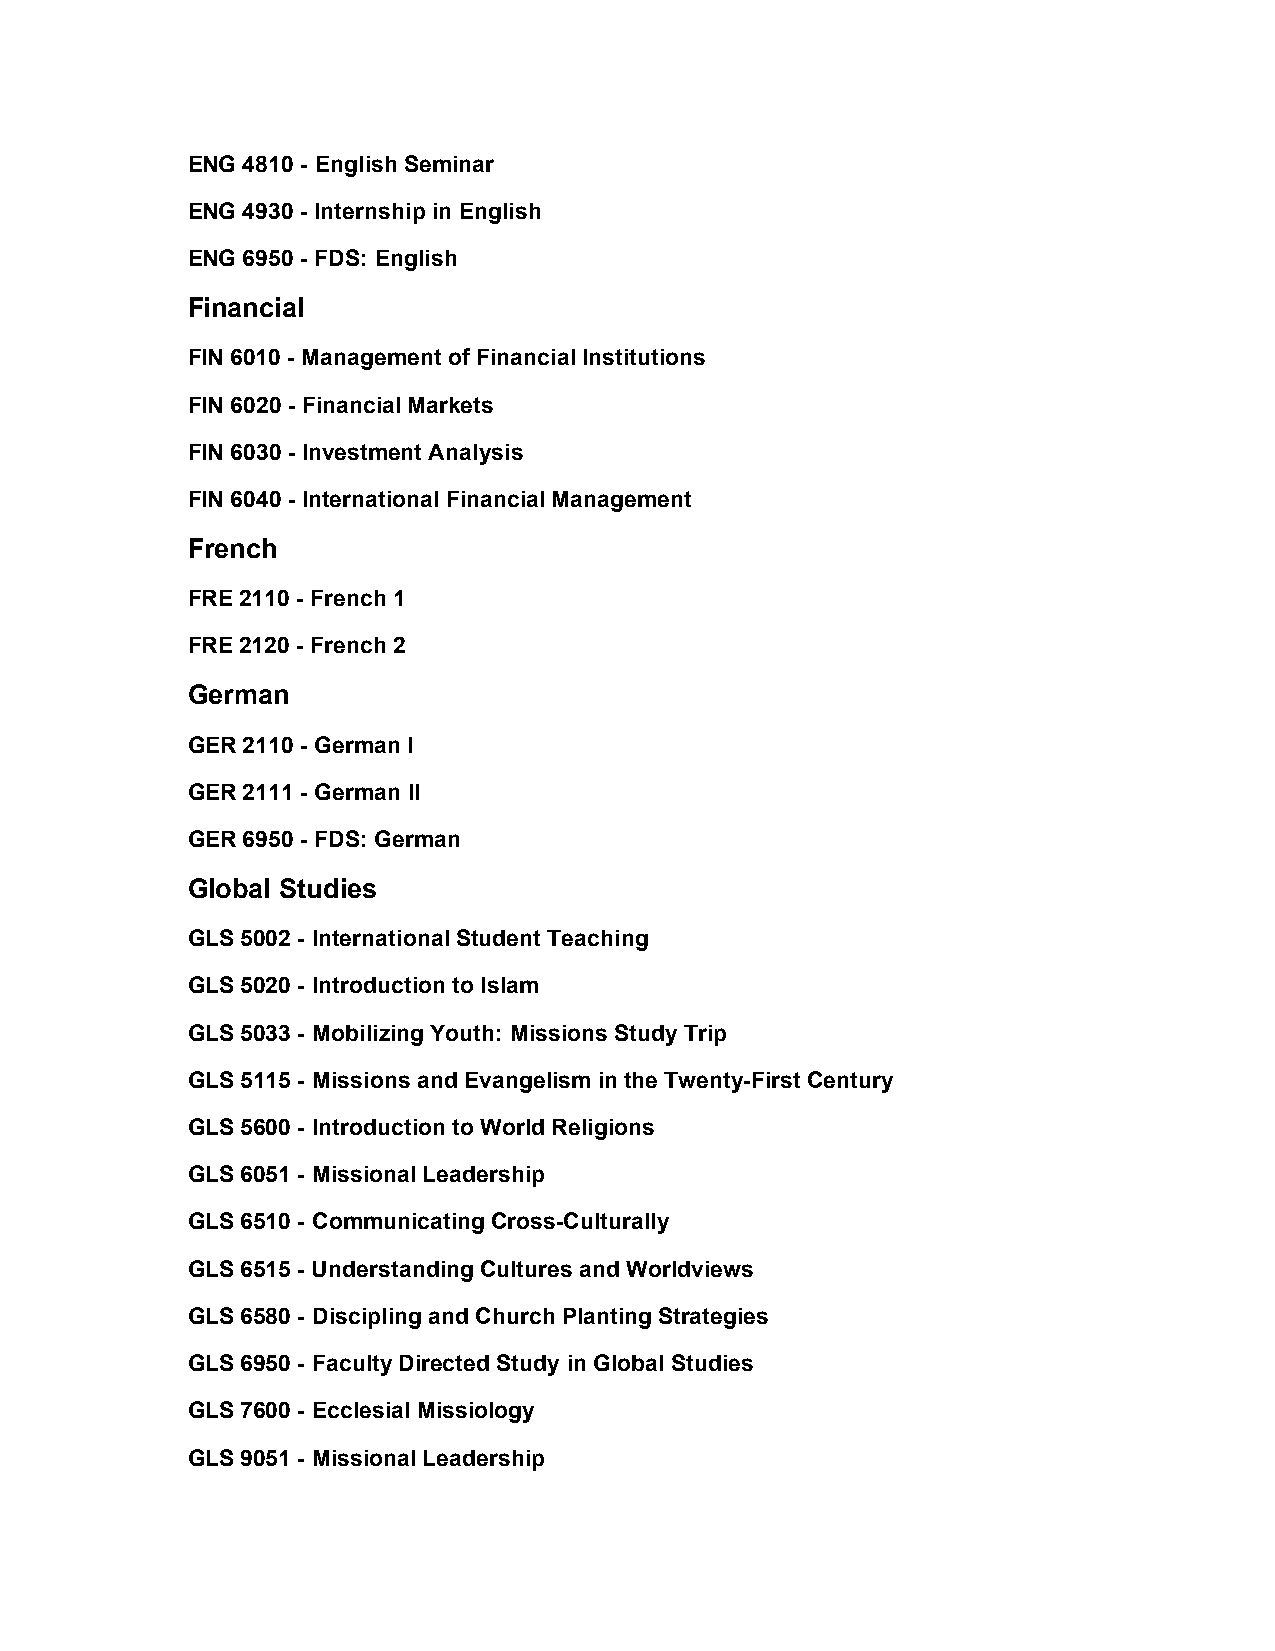
ENG 4810 - English Seminar
 ENG 4930 - Internship in English
 ENG 6950 - FDS: English
 Financial
 FIN 6010 - Management of Financial Institutions
 FIN 6020 - Financial Markets
 FIN 6030 - Investment Analysis
 FIN 6040 - International Financial Management
 French
 FRE 2110 - French 1
 FRE 2120 - French 2
 German
 GER 2110 - German I
 GER 2111 - German II
 GER 6950 - FDS: German
 Global Studies
 GLS 5002 - International Student Teaching
 GLS 5020 - Introduction to Islam
 GLS 5033 - Mobilizing Youth: Missions Study Trip
 GLS 5115 - Missions and Evangelism in the Twenty-First Century
 GLS 5600 - Introduction to World Religions
 GLS 6051 - Missional Leadership
 GLS 6510 - Communicating Cross-Culturally
 GLS 6515 - Understanding Cultures and Worldviews
 GLS 6580 - Discipling and Church Planting Strategies
 GLS 6950 - Faculty Directed Study in Global Studies
 GLS 7600 - Ecclesial Missiology
 GLS 9051 - Missional Leadership